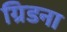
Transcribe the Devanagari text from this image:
ग्रिडना